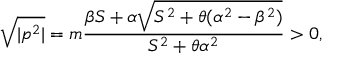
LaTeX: \sqrt { | p ^ { 2 } | } = m \frac { \beta S + \alpha \sqrt { S ^ { 2 } + \theta ( \alpha ^ { 2 } - \beta ^ { 2 } ) } } { S ^ { 2 } + \theta \alpha ^ { 2 } } > 0 ,